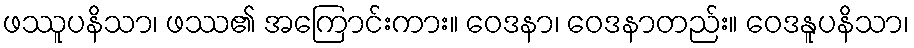
ဖဿူပနိသာ၊ ဖဿ၏ အကြောင်းကား။ ဝေဒနာ၊ ဝေဒနာတည်း။ ဝေဒနူပနိသာ၊